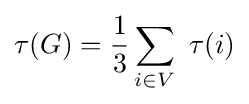
\tau (G)={\frac {1}{3}}\sum _{i\in V}\ \tau (i)